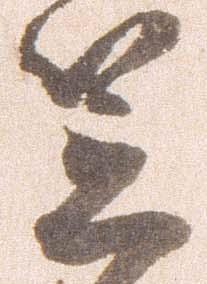
笠